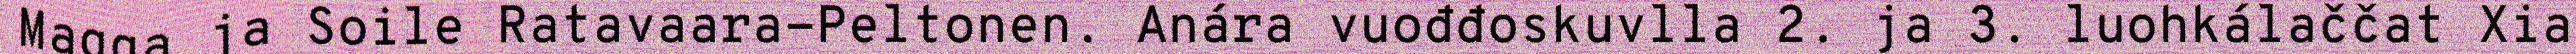
Magga ja Soile Ratavaara-Peltonen. Anára vuođđoskuvlla 2. ja 3. luohkálaččat Xia